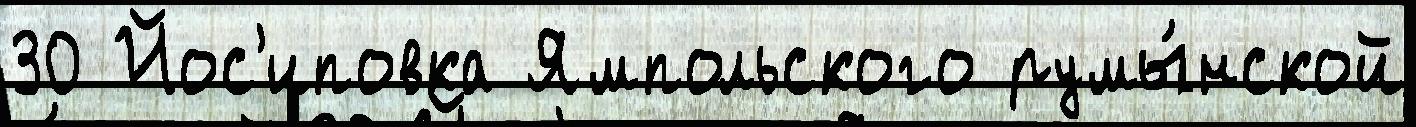
30 Йос'иповка Ямпольского румы́нской